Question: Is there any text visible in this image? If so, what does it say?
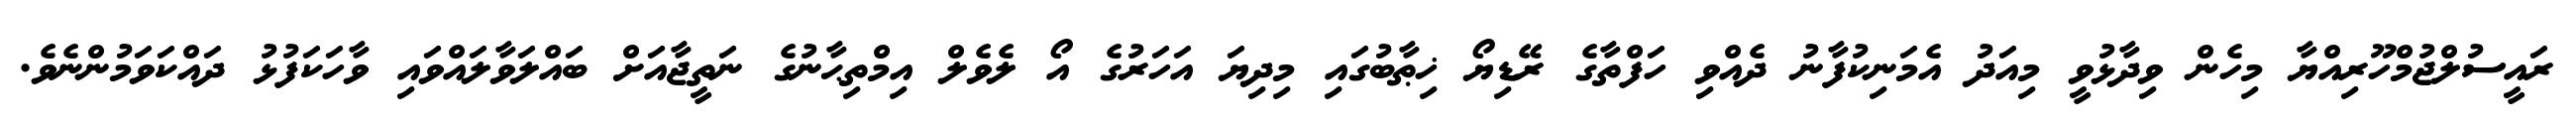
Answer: ރައީސުލްޖުމްހޫރިއްޔާ މިހެން ވިދާޅުވީ މިއަދު އެމަނިކުފާނު ދެއްވި ހަފްތާގެ ރޭޑިޔޯ ޚިޠާބުގައި މިދިޔަ އަހަރުގެ އޯ ލެވެލް އިމްތިޙާނުގެ ނަތީޖާއަށް ބައްލަވާލައްވައި ވާހަކަފުޅު ދައްކަވަމުންނެވެ.